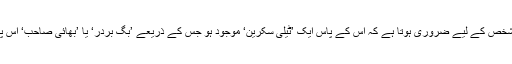
اس کہانی میں ہر شخص کے لیے ضروری ہوتا ہے کہ اس کے پاس ایک ’ٹیلی سکرین‘ موجود ہو جس کے ذریعے ’بِگ بردر‘ یا ’بھائی صاحب‘ اس پر نظر رکھ سکیں۔